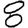
Digit: 8